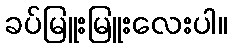
ခပ်မြူးမြူးလေးပါ။